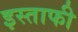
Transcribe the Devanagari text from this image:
इस्ताफी